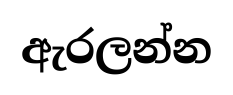
ඇරලන්න